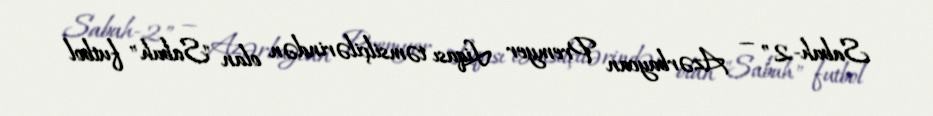
Sabah-2" — Azərbaycan Premyer Liqası təmsilçilərindən olan "Sabah" futbol